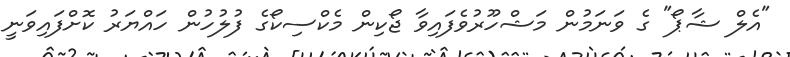
"އެލް ޝާޕޯ" ގެ ވަނަމުން މަޝްހޫރުވެފައިވާ ޖޯކިން މެކްސިކޯގެ ފުލުހުން ހައްޔަރު ކޮށްފައިވަނީ